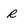
Character: r